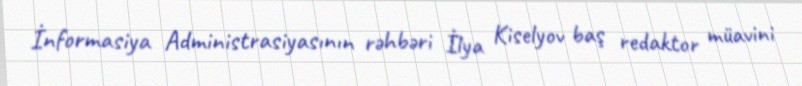
İnformasiya Administrasiyasının rəhbəri İlya Kiselyov baş redaktor müavini